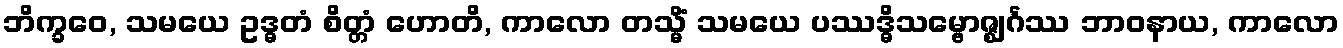
ဘိက္ခဝေ, သမယေ ဥဒ္ဓတံ စိတ္တံ ဟောတိ, ကာလော တသ္မိံ သမယေ ပဿဒ္ဓိသမ္ဗောဇ္ဈင်္ဂဿ ဘာဝနာယ, ကာလော